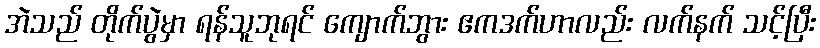
အဲသည် တိုက်ပွဲမှာ ရန်သူဘုရင် ကျောက်ဘွား ဧကဒက်ဟာလည်း လက်နက် သင့်ပြီး